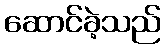
ဆောင်ခဲ့သည်